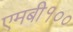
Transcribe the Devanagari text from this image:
एमबी१००